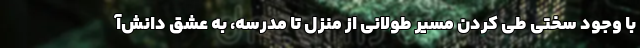
با وجود سختی‌ طی کردن مسیر طولانی از منزل تا مدرسه، به عشق دانش‌آ